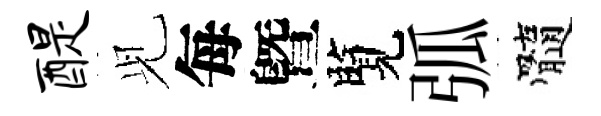
醍𫤗每曁覽弧髓